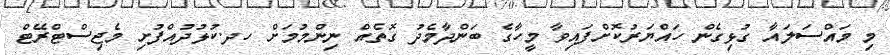
މި މައްސަލައާ ގުޅިގެން ހައްޔަރުކޮށްފައިވާ މީހާގެ ބަންދާމެދު ގޮތެއް ނިންމުމަށް ހދ.ކުޅުދުއްފުށި މެޖިސްޓްރޭޓް